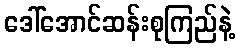
ဒေါ်အောင်ဆန်းစုကြည်နဲ့